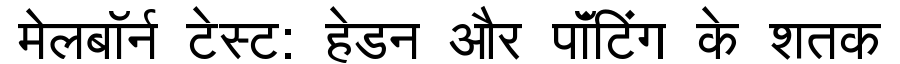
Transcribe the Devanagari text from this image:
मेलबॉर्न टेस्ट: हेडन और पॉंटिंग के शतक